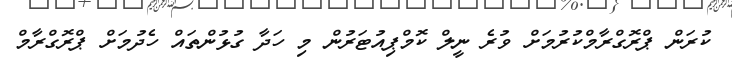
ކުރަން ޕްރޮގްރާމްކުރުމަށް ވުރެ ނީލް ކޮމްޕިއުޓަރުން މި ހަދާ ގުޅުންތައް ހެދުމަށް ޕްރޮގްރާމް